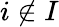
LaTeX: i\notin I